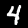
Label: 4